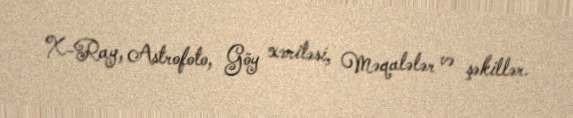
X-Ray, Astrofoto, Göy xəritəsi, Məqalələr və şəkillər.